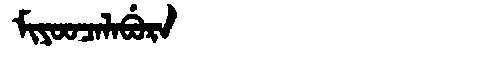
Manchu: ᠮᡳᠶᠣᠣᠴᠠᠯᠠᠪᡠᡵᠠ
Romanization: MIYOOCALABURA